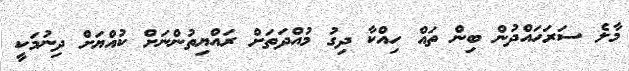
މާލެ ސަރަހައްދުން ބިން ތައް ހިއްކާ ދިގު މުއްދަތަށް ރައްޔިތުންނަށް ކުއްޔަށް ދިނުމަކީ